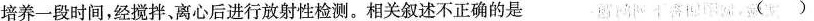
培养一段时间，经搅拌、离心后进行放射性检测。相关叙述不正确的是 （）